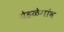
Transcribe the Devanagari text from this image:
येहळेगांव